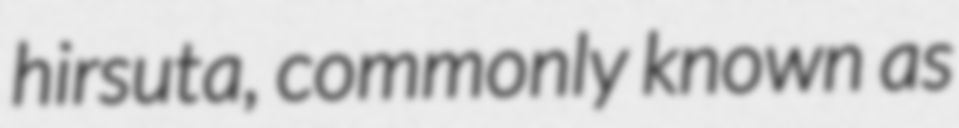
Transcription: hirsuta, commonly known as